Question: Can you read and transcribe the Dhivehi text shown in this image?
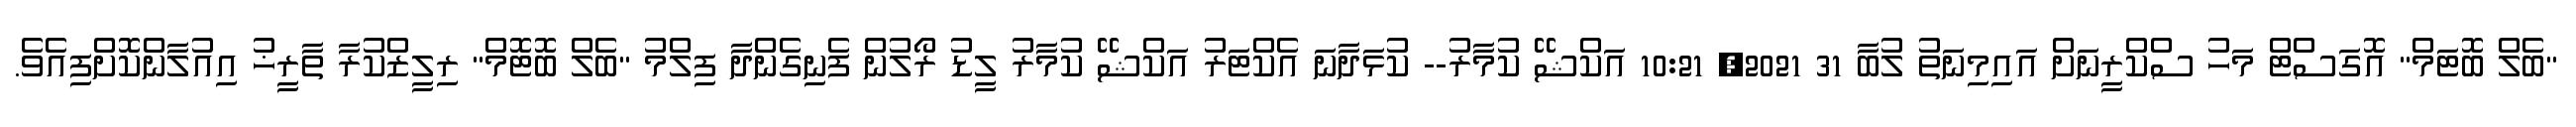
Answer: "ބެލް ބޮޓަމް" އޮގަސްޓް މަހު ސްކްރީނަށް އައިމިނަތު ލުބާ 31 2021, 10:21 އަކްޝޭ ކުމާރު-- ކުޅަދާނަ އެކްޓަރު އަކްޝޭ ކުމާރު ލީޑު ރޯލުން ފެނިގެންދާ ފިލްމު "ބެލް ބޮޓޮމް" ރިލީޒްކުރާ ތާރީޚު އިއުލާންކޮށްފިއެވެ.